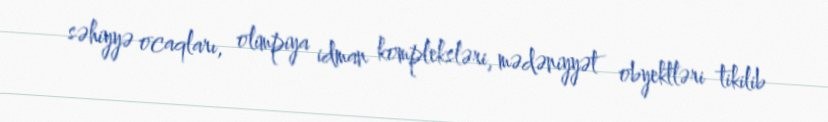
səhiyyə ocaqları, olimpiya idman kompleksləri, mədəniyyət obyektləri tikilib